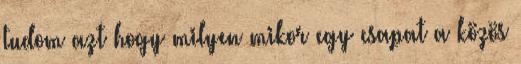
tudom azt hogy milyen mikor egy csapat a közös